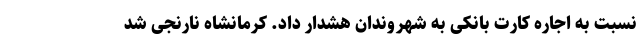
نسبت به اجاره کارت بانکی به شهروندان هشدار داد. کرمانشاه نارنجی شد